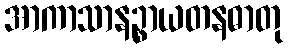
အာကာသာနဉ္စာယတနဓာတု